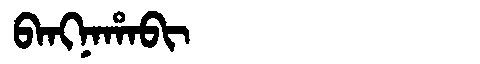
Manchu: ᠪᠠᠩᠨᠠᡥᠠᠪᡳ
Romanization: BANGNAHABI